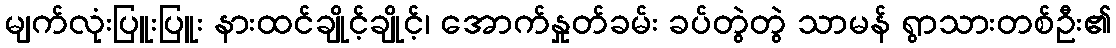
မျက်လုံးပြူးပြူး နားထင်ချိုင့်ချိုင့်၊ အောက်နှုတ်ခမ်း ခပ်တွဲတွဲ သာမန် ရွာသားတစ်ဦး၏